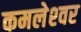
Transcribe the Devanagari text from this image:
कमलेश्‍वर